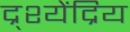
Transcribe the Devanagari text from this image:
द्र्श्येंद्रिय